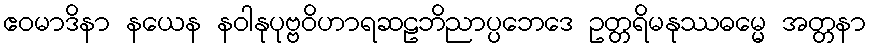
ဧဝမာဒိနာ နယေန နဝါနုပုဗ္ဗဝိဟာရဆဠဘိညာပ္ပဘေဒေ ဥတ္တရိမနုဿဓမ္မေ အတ္တနာ